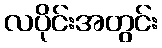
လပိုင်းအတွင်း